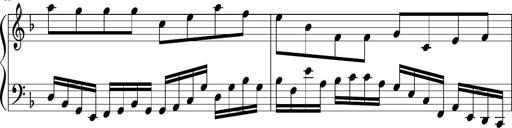
Title: Sonatina in F major
Composer: Ethan Ngo
Key: F major